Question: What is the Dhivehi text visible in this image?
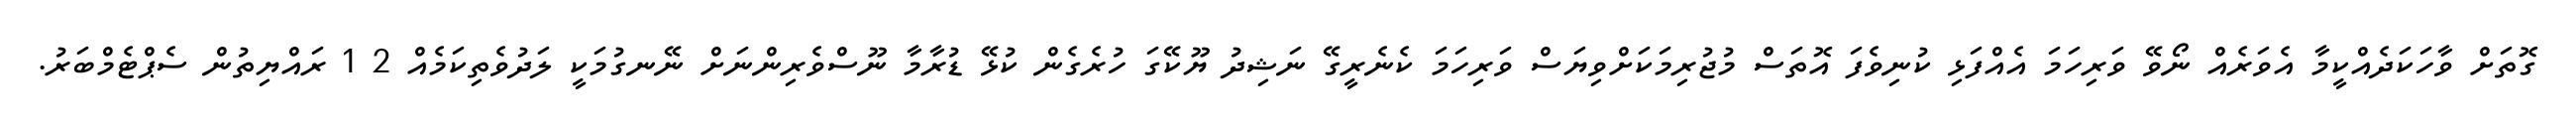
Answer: ގޮތަށް ވާހަކަދެއްކީމާ އެވަރެއް ނޯވޭ ވަރިހަމަ އެއްފަޅި ކުނިވެފަ އޮތަސް މުޖުރިމަކަށްވިޔަސް ވަރިހަމަ ކެނެރީގޭ ނަޝިދު ޔޫކޭގަ ހުރެގެން ކުޅޭ ޑުރާމާ ނޫސްވެރިންނަށް ނޭނގުމަކީ ލަދުވެތިކަމެއް 2 1 ރައްޔިތުން ސެޕްޓެމްބަރު.